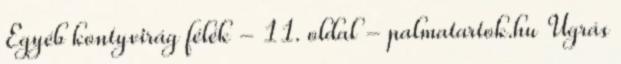
Egyéb kontyvirág félék - 11. oldal - palmatartok.hu Ugrás